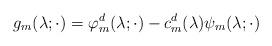
LaTeX: \begin{align*} g_m(\lambda;\cdot) = \varphi^d_m(\lambda;\cdot) - c^d_m(\lambda)\psi_m(\lambda;\cdot) \end{align*}